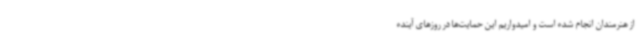
از هنرمندان انجام شده است و امیدواریم این حمایت‌ها در روزهای آینده